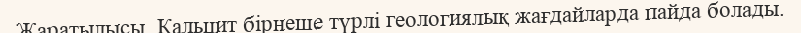
Жаратылысы. Қальцит бірнеше түрлі геологиялық жағдайларда пайда болады.